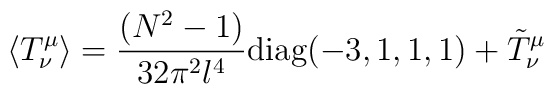
\langle T^\mu_\nu \rangle = {(N^2-1) \over 32 \pi^2 l^4} \mbox{diag}(-3,1,1,1) + \tilde{T}^\mu_\nu